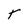
Character: T